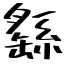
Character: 繇